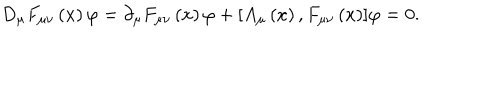
D _ { \mu } F _ { \mu \nu } \left( x \right) { \varphi } = \partial _ { \mu } F _ { \mu \nu } \left( x \right) { \varphi } + [ A _ { \mu } \left( x \right) , F _ { \mu \nu } \left( x \right) ] { \varphi } = 0 .